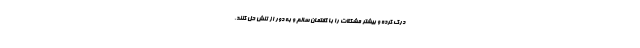
درک کرده و بیشتر مشکلات را با گفتمان سالم و به دور از تنش حل کنند.